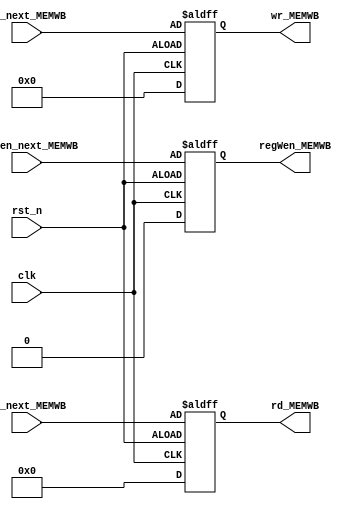
`timescale 1ns / 1ps

module MEM_WB_flipflop
    (     
          input wire clk, rst_n,
          input wire [31:0] wr_next_MEMWB,
          input wire regWen_next_MEMWB,
          input wire [4:0] rd_next_MEMWB,
          output reg regWen_MEMWB,
          output reg [4:0] rd_MEMWB,
          output reg [31:0] wr_MEMWB
          
    );
    
    always@(posedge clk, posedge rst_n)
    begin
       if(~rst_n)
       begin
          regWen_MEMWB <= 0;
          wr_MEMWB  <= 0;
          rd_MEMWB  <= 0;
       end
       else
       begin
          regWen_MEMWB <= regWen_next_MEMWB;
          wr_MEMWB  <= wr_next_MEMWB;
          rd_MEMWB  <= rd_next_MEMWB;
       end
    end
          
endmodule